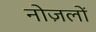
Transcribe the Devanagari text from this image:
नोज़लों